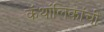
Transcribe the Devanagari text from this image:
कॅथॉलिकांची